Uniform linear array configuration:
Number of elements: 64
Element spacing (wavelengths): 0.5
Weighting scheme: binomial
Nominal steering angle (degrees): -30
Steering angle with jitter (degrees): -30.602
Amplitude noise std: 0.05
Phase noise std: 0.05

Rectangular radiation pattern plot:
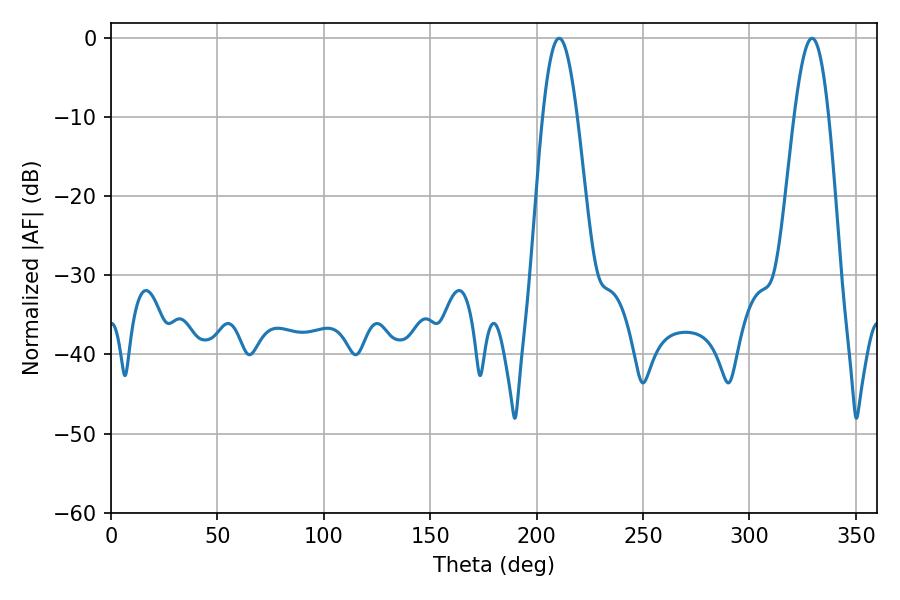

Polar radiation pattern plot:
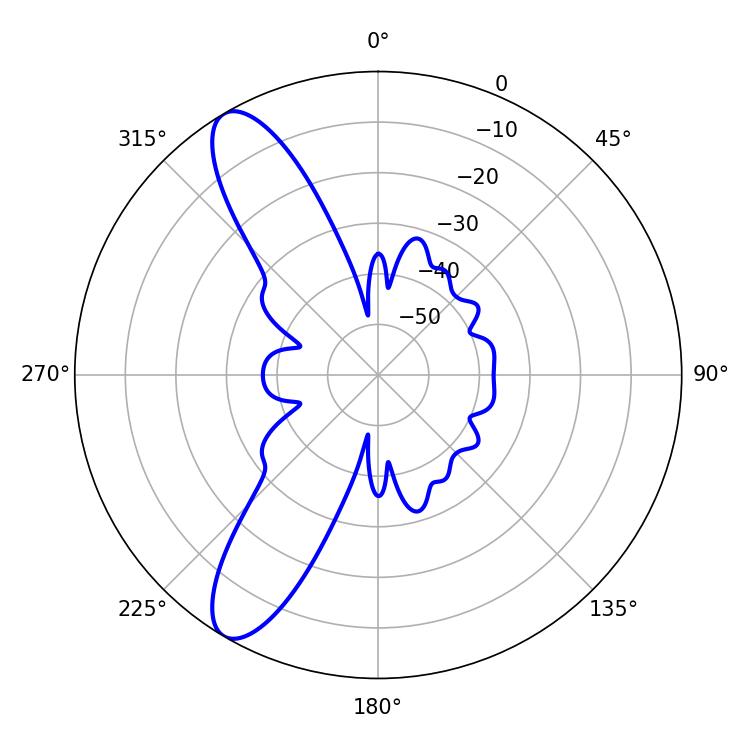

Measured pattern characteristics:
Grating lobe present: FALSE
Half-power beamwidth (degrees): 8.82
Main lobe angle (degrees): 210.6